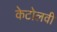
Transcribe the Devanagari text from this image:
केटोलवी